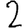
Digit: 2